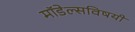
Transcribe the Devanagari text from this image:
मॉडेल्सविषयी